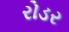
રોડર